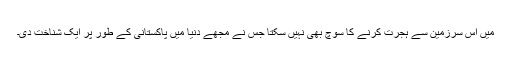
میں اس سرزمین سے ہجرت کرنے کا سوچ بھی نہیں سکتا جس نے مجھے دنیا میں پاکستانی کے طور پر ایک شناخت دی۔